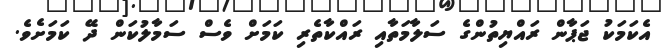
އެކަމަކު ޖަޕާން ރައްޔިތުންގެ ސަލާމަތާއި ރައްކާތެރި ކަމަށް ވެސް ސަމާލުކަން ދޭ ކަމަށެެވެ.